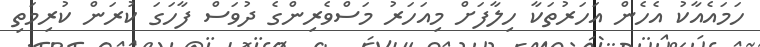
ހަމައެއާކު އެހެން އަހަރުތަކާ ހިލާފަށް މިއަހަރު މަސްވެރިންގެ ދުވަސް ފާހަގަ ކުރަން ކުރިމަތި